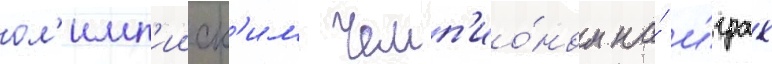
ол'имп'ииск'им чемп'ио́ном на́ и́грах